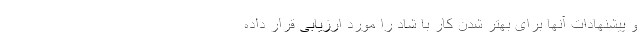
و پیشنهادات آنها برای بهتر شدن کار با شاد را مورد ارزیابی قرار داده